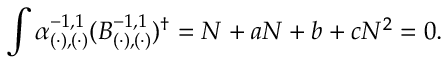
\int \alpha _ { ( \cdot ) , ( \cdot ) } ^ { - 1 , 1 } ( B _ { ( \cdot ) , ( \cdot ) } ^ { - 1 , 1 } ) ^ { \dagger } = N + a N + b + c N ^ { 2 } = 0 .